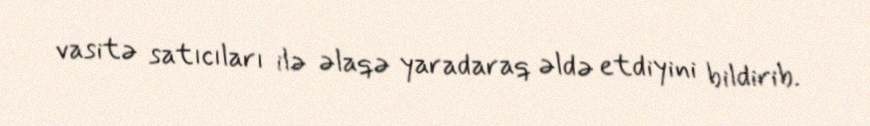
vasitə satıcıları ilə əlaqə yaradaraq əldə etdiyini bildirib.